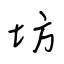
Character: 坊